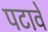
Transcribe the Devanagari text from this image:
पटावे